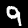
Digit: 9